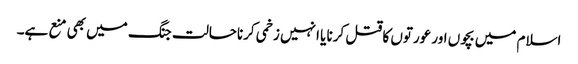
اسلام میں بچوں اور عورتوں کا قتل کرنا یا انہیں زخمی کرناحالت جنگ میں بھی منع ہے۔